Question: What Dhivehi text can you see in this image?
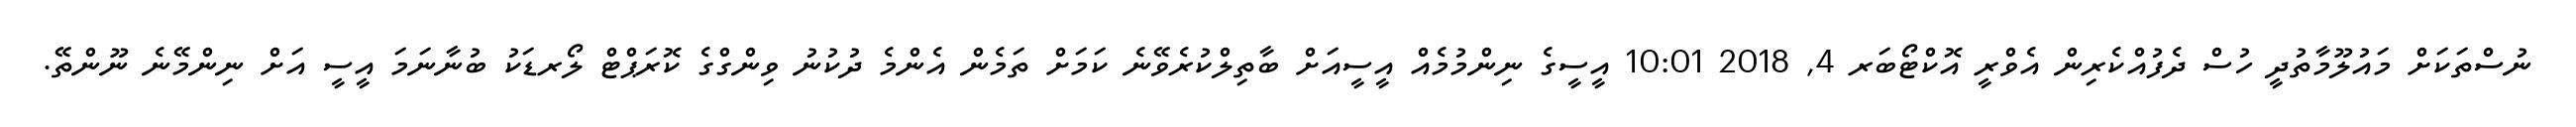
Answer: ނުސްތަކަށް މައުލޫމާތުދީ ހުސް ދެފުއްކެރިން އެވްރީ އޮކްޓޯބަރ 4, 2018 10:01 އީސީގެ ނިންމުމެއް އީސީއަށް ބާތިލްކުރެވޭނެ ކަމަށް ތަމެން އެންމެ ދުކުނު ވިންގްގެ ކޮރަޕްޓް ލޯރޑަކު ބުނާނަމަ އީސީ އަށް ނިންމޭނެ ނޫންތޭ.